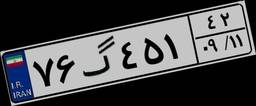
۷۶گ۴۵۱۴۲